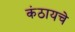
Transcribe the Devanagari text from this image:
कंठायचे